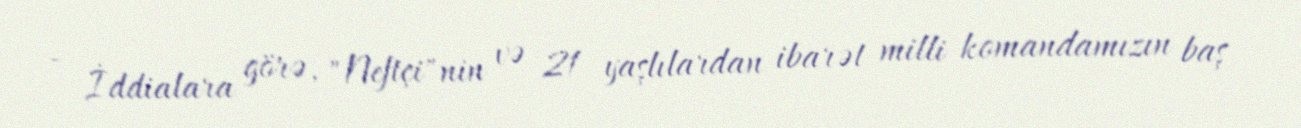
- İddialara görə, "Neftçi"nin və 21 yaşlılardan ibarət milli komandamızın baş